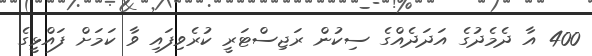
400 އާ ދެމެދުގެ އަދަދެއްގެ ސިކުން ރަޖިސްޓަރީ ކުރެވިފައި ވާ ކަމަށް ފައްޅީގެ